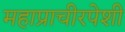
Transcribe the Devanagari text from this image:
महाप्राचीरपेशी